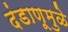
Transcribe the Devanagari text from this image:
दंडाणूमुळे